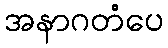
အနာဂတံပေ